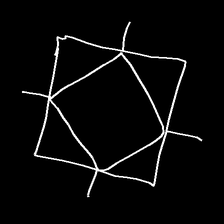
Glyph: light